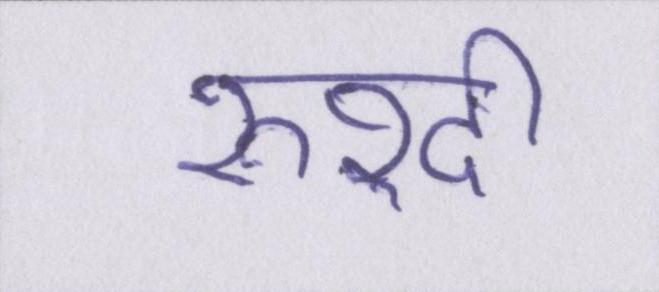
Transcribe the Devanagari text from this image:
रुश्दी